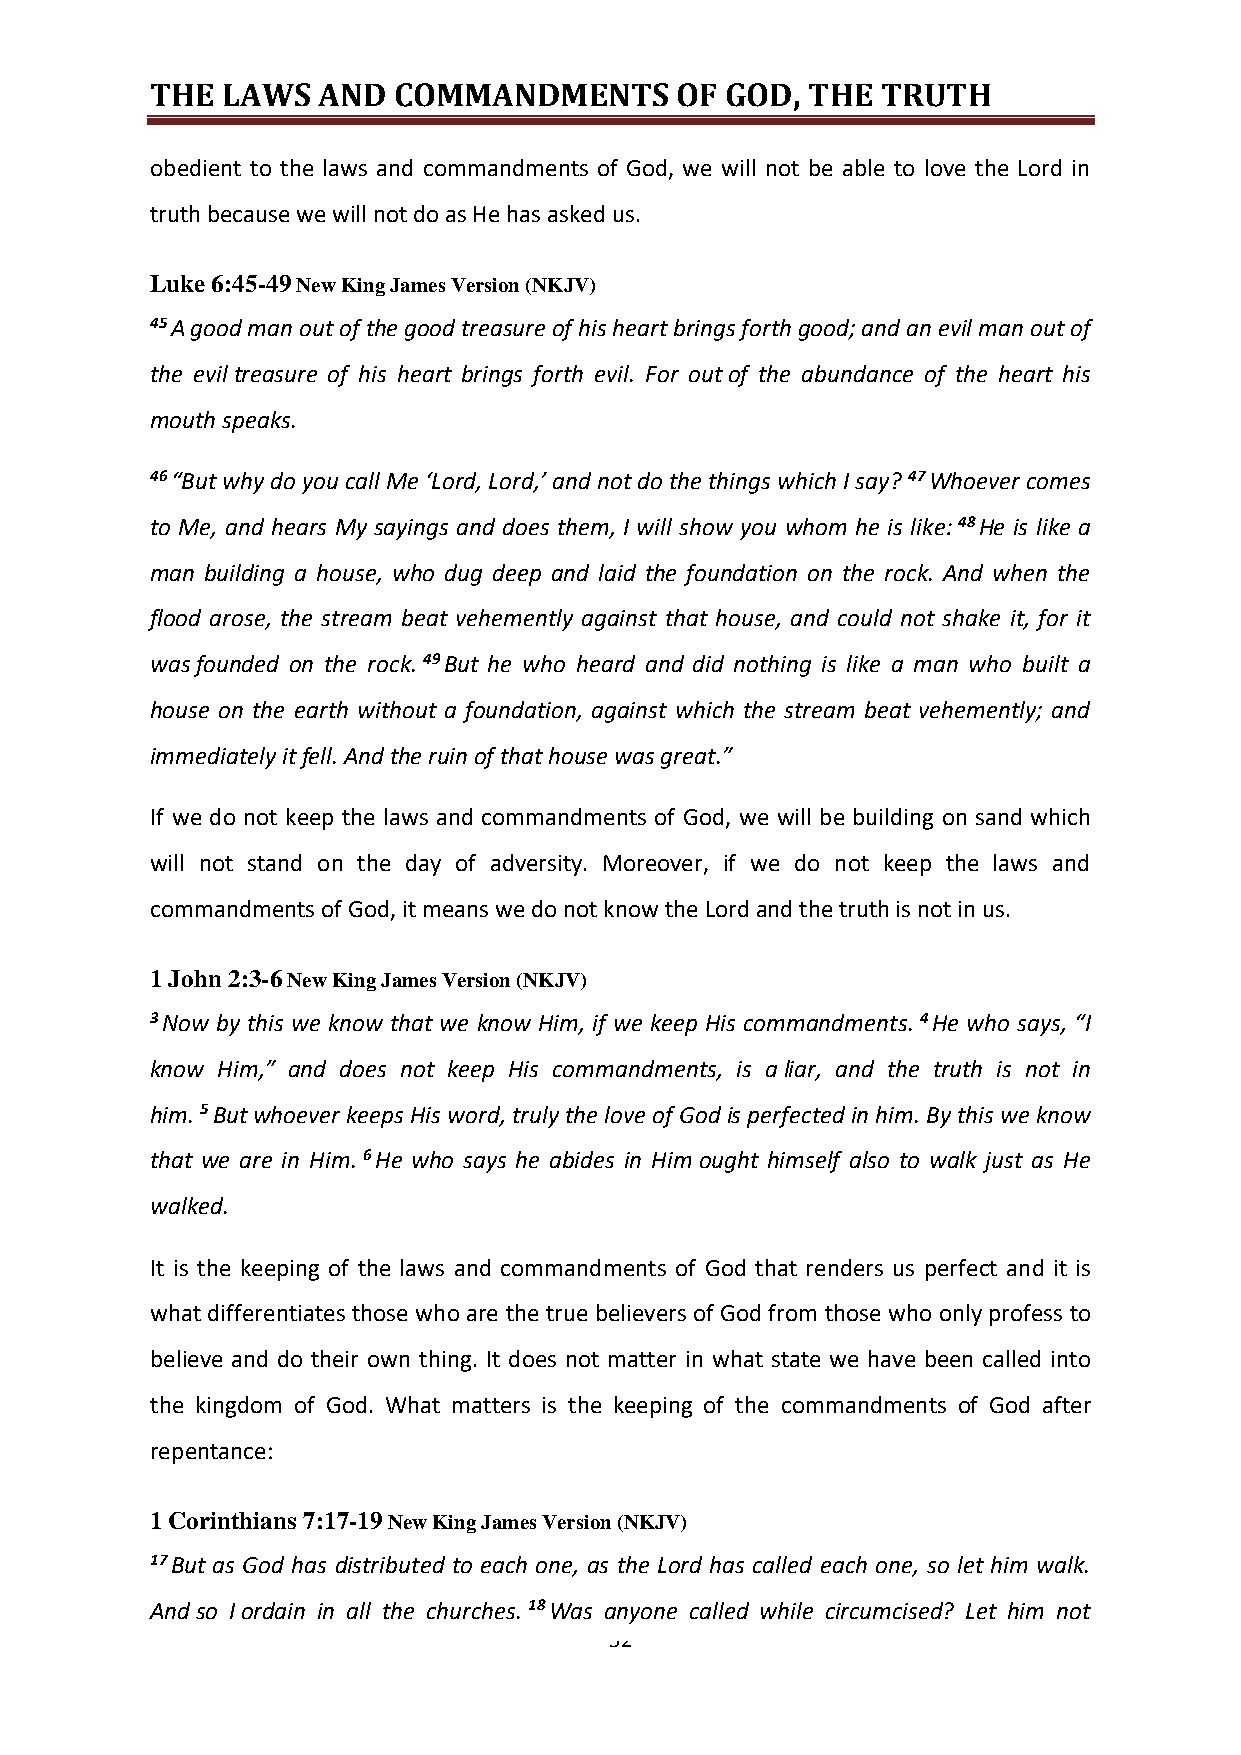
THE  LAWS  AND  COMMANDMENTS       OF GOD, THE  TRUTH
 obedient to the laws and commandments of God, we will not be able to love the Lord in
 truth because we will not do as He has asked us.
 Luke 6:45-49 New King James Version (NKJV)
 45 A good man out of the good treasure of his heart brings forth good; and an evil man out of
 the evil treasure of his heart brings forth evil. For out of the abundance of the heart his
 mouth speaks.
 46 “But why do you call Me ‘Lord, Lord,’ and not do the things which I say? 47 Whoever comes
 to Me, and hears My sayings and does them, I will show you whom he is like: 48 He is like a
 man building a house, who dug deep and laid the foundation on the rock. And when the
 flood arose, the stream beat vehemently against that house, and could not shake it, for it
 was founded on the rock. 49 But he who heard and did nothing is like a man who built a
 house on the earth without a foundation, against which the stream beat vehemently; and
 immediately it fell. And the ruin of that house was great.”
 If we do not keep the laws and commandments of God, we will be building on sand which
 will not stand on the day of adversity. Moreover, if we do not keep the laws and
 commandments of God, it means we do not know the Lord and the truth is not in us.
 1 John 2:3-6 New King James Version (NKJV)
 3 Now by this we know that we know Him, if we keep His commandments. 4 He who says, “I
 know Him,” and does not keep His commandments, is a liar, and the truth is not in
 him. 5 But whoever keeps His word, truly the love of God is perfected in him. By this we know
 that we are in Him. 6 He who says he abides in Him ought himself also to walk just as He
 walked.
 It is the keeping of the laws and commandments of God that renders us perfect and it is
 what differentiates those who are the true believers of God from those who only profess to
 believe and do their own thing. It does not matter in what state we have been called into
 the kingdom of God. What matters is the keeping of the commandments of God after
 repentance:
 1 Corinthians 7:17-19 New King James Version (NKJV)
 17 But as God has distributed to each one, as the Lord has called each one, so let him walk.
 And so I ordain in all the churches. 18 Was anyone called while circumcised? Let him not
 52